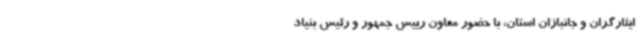
ایثارگران و جانبازان استان، با حضور معاون رییس جمهور و رئیس بنیاد